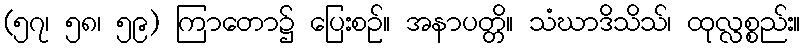
(၅၇၊ ၅၈၊ ၅၉) ကြာတော၌ ပြေးစဉ်။ အနာပတ္တိ။ သံဃာဒိသိသ်၊ ထုလ္လစ္စည်း။